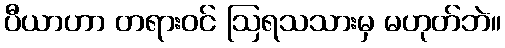
ပီယာဟာ တရားဝင် ဩရသသားမှ မဟုတ်ဘဲ။